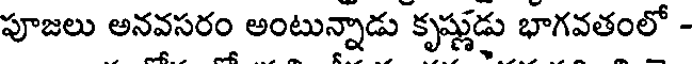
పూజలు అనవసరం అంటున్నాడు కృష్ణుడు భాగవతంలో -